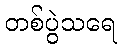
တစ်ပွဲသရေ